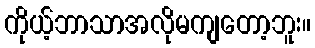
ကိုယ့်ဘာသာအလိုမကျတော့ဘူး။